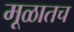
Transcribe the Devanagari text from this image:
मूळातच